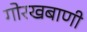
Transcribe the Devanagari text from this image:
गोरखबाणी